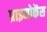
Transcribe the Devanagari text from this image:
प्राइमोकेंस